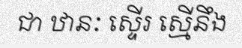
ជា ឋានៈ ស្ទើរ ស្មើនឹង